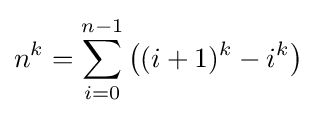
n^{k}=\sum _{i=0}^{n-1}\left((i+1)^{k}-i^{k}\right)